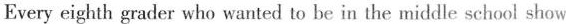
Every eighth grader who wanted to he in the middle school show